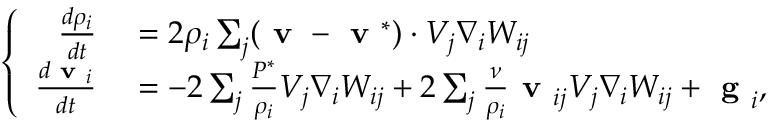
\left\{ \begin{array} { r l } { \frac { d \rho _ { i } } { d t } } & { { } = 2 { \rho _ { i } } \sum _ { j } ( \textbf { v } - \textbf { v } ^ { * } ) \cdot V _ { j } \nabla _ { i } W _ { i j } } \\ { \frac { d \textbf { v } _ { i } } { d t } } & { { } = - 2 \sum _ { j } \frac { { P } ^ { * } } { \rho _ { i } } V _ { j } \nabla _ { i } W _ { i j } + 2 \sum _ { j } \frac { \nu } { \rho _ { i } } \textbf { v } _ { i j } V _ { j } \nabla _ { i } W _ { i j } + \textbf { g } _ { i } , } \end{array} \right.